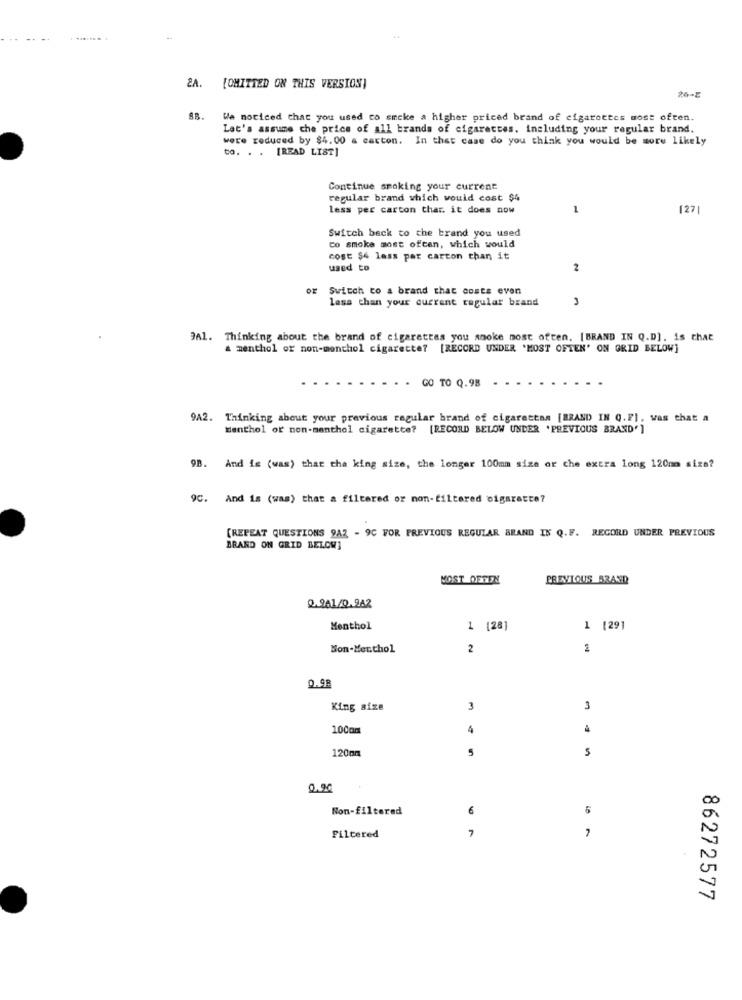
2A. [OMITTED ON THIS VERSION)
20-2
88.
We noticed that you used to smoke a higher priced brand of cigarettes most often.
Let's assume che price of all brands of cigarettes. including your regular brand.
were reduced by $4.00 a carton. In that case do you think you would be more likely
to. . . [READ LIST]
Continue smoking your current
regular brand which would cost $4
less per carton thar. it does now
127|
Switch back to the brand you used
co smoke most often, which would
cost $4 less per carton than it
used to
2
OF
Switch to a brand that costs even
lasa than your current regular brand
3
3Al. Thinking about the brand of cigarettes you smoke most often. [BRAND IN Q.D). is that
& menthol of non-monthol cigarette? [RECORD UNDER 'MOST OFTEN' ON GRID BELOW]
GO TO Q.98
9A2. Thinking about your previous ragular brand of cigarettan [BRAND IN Q.F]. was that a
Menthol of non-menthol cigarette? [RECORD BELOW UNDER 'PREVIOUS BRAND']
9B. And is (was) that the king size, the longer 100mm size or che extra long 120mm size?
9C. And is (was) that a filtered or non-filtered cigarette?
[REPEAT QUESTIONS 9AZ - 9C FOR PREVIOUS REGULAR BRAND IN Q.F. RECORD UNDER PREVIOUS
BRAND ON GRID BELOW]
MOST OFTEN
PREVIOUS BRAND
0.901/0.242
Menthol
1 [28]
1 [291
Mon-Menthol
2
2
0.98
King size
3
3
10Com
4
4
120mm
5
5
0.00
Non-filtered
6
5
7
Filtered
86272577